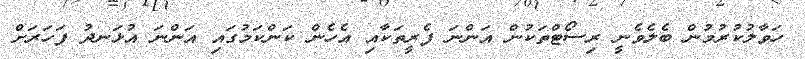
ހަވާލުކުރުމުން ބެލެވެނީ ރިސޯޓްތަކުން އަންނަ ފެރީތަކާއި އެހެން ކަންކަމުގައި އަންނަ އުޅަނދު ފަހަރަށް